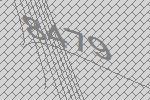
8479